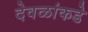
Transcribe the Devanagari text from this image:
देवळांकडे